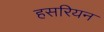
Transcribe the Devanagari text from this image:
हसरियन